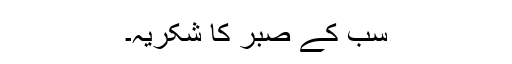
سب کے صبر کا شکریہ۔